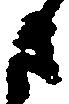
さ